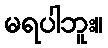
မရပါဘူး။